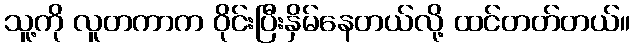
သူ့ကို လူတကာက ဝိုင်းပြီးနှိမ်နေတယ်လို့ ထင်တတ်တယ်။